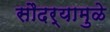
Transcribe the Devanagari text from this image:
सौदर्यामुळे